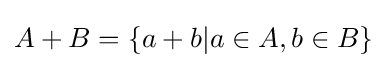
A+B=\{a+b|a\in A,b\in B\}